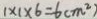
1 \times 1 \times 6 = 6 ( m ^ { 2 } )